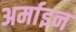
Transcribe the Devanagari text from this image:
अर्माइन